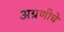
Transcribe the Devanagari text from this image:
अग्रणीचे